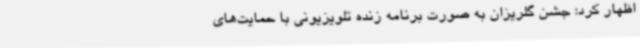
اظهار کرد: جشن گلریزان به صورت برنامه زنده تلویزیونی با حمایت‌های